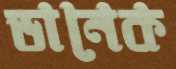
ডানেক